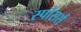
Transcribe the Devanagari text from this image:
स्पोंसर्स